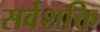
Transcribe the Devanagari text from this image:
सर्वशक्ति